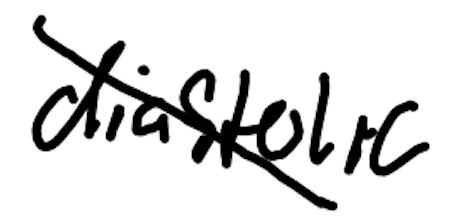
Text: diastolic
Cross-out: diagonal
Writing tool: digital_black